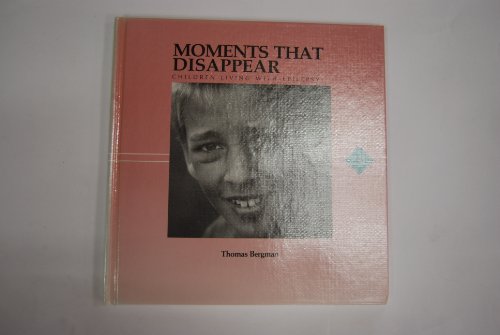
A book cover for Moments That Disappear: Children Living With Epilepsy (Don't Turn Away); Thomas Bergman; Health, Fitness & Dieting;